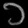
Digit: ၁